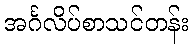
အင်္ဂလိပ်စာသင်တန်း